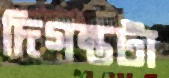
দিগন্তটা